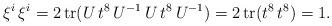
LaTeX: \begin{align*}\xi^i\,\xi^i=2\,{\rm tr}(U\,t^8\, U^{-1}\,U\,t^8\, U^{-1})=2\,{\rm tr}(t^8\,t^8)=1.\end{align*}